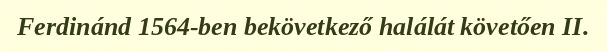
Ferdinánd 1564-ben bekövetkező halálát követően II.